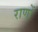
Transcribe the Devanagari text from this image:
राणों